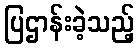
ပြဌာန်းခဲ့သည့်